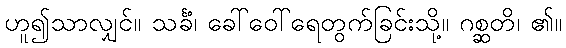
ဟူ၍သာလျှင်။ သင်္ခံ၊ ခေါ်ဝေါ်ရေတွက်ခြင်းသို့။ ဂစ္ဆတိ၊ ၏။